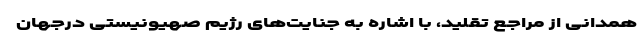
همدانی از مراجع تقلید، با اشاره به جنایت‌های رژیم صهیونیستی درجهان